Report on sanitation, dispensaries, and jails in Rajputana for 1920, and on vaccination for the year 1920-1921 - 1920-1921
Year: 1920
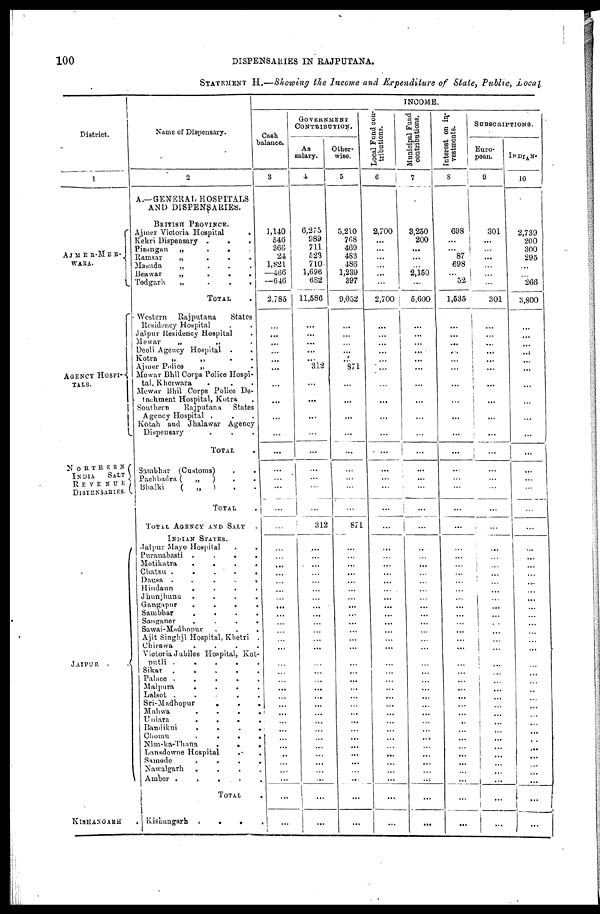
100
DISPENSARIES IN RAJPUTANA.
STATEMENT H.—Showing the Income and Expenditure of State, Public, Local
District.
1
AJMER-MER¬
WARA.
AGENCY HOSPI¬
TALS.
NORTHERNS
INDIA
SALT
REVENUE
DISPENSARIES.
JAIPUR .
.
KISHANGARH .
Name of Dispensary.
2
A.—GENERAL HOSPITALS
AND DISPENSARIES.
BRITISH PROVINCE.
Ajmer Victoria Hospital
.
Kekri Dispensary .
. .
Pisangan
„
.
.
.
Ramsar
„
.
.
.
Masuda
„
.
.
.
Beawar
„
.
.
.
Todgarh
„
.
.
.
TOTAL .
Western
Rajputana
States
Residency Hospital . .
Jaipur Residency Hospital .
Mewar
„
„ .
Deoli Agency Hospital .
.
Kotra
„
„ . .
Ajmer Police
„ .
Mewar Bhil Corps Police Hospi-
tal, Kherwara . . .
Mewar Bhil Corps Police De-
tachment Hospital, Kotra .
Southern
Rajputana
States
Agency Hospital . . .
Kotah and Jhalawar Agency
Dispensary . . .
TOTAL .
Sambhar (Customs) . .
Pachbadra (
„
) . .
Bhalki
(
„
) . .
TOTAL .
TOTAL AGENCY AND SALT .
INDIAN STATES.
Jaipur Mayo Hospital . .
Puranabasti .
.
.
.
Motikatra
.
.
.
.
Chatsu .
.
.
. .
Dausa
.
.
.
.
.
Hindaun
.
.
.
.
Jhunjhunu
.
.
.
.
Gangapur
.
.
.
.
Sambhar
.
.
.
.
Sanganer
.
.
.
.
Sawai-Madhopur . . .
Ajit Singhji Hospital, Khetri .
Chirawa
.
.
.
.
Victoria Jubilee Hospital, Kot¬
putli .
.
.
.
.
Sikar. . . .
.
Palace .
.
.
.
.
Malpura
.
.
.
.
Lalsot .
.
.
.
.
Sri-Madhopur
. . .
Mahwa
. . . .
Uniara
.
. . .
Bandikui
. . . .
Chomu
.
.
. .
Nim-ka-Thana
.
.
.
Lansdowne Hospital
.
.
Samode
.
.
.
.
Nawalgurh . . . .
Ambor .
.
. . .
TOTAL .
Kishangarh .
.
. .
INCOME.
Cash
balance.
3
1,140
546
366
24
1,821
—466
—646
2,785
...
...
...
...
...
...
...
...
...
...
...
...
...
...
...
...
...
...
...
...
...
...
...
...
...
...
...
...
...
...
...
...
...
...
...
...
...
...
...
...
...
...
...
...
...
...
GOVERNMENT
CONTRIBUTION.
As
salary.
4
6,275
989
711
523
710
1,696
682
11,586
...
...
...
...
...
312
...
...
...
...
...
...
...
...
...
312
...
...
...
...
...
...
...
...
...
...
...
...
...
...
...
...
...
...
...
...
...
...
...
...
...
...
...
...
...
...
Other-
wise.
5
5,210
768
469
483
486
1,239
397
9,052
...
...
...
...
...
871
...
...
...
...
...
...
...
...
...
871
...
...
...
...
...
...
...
...
...
...
...
...
...
...
...
...
...
...
...
...
...
...
...
...
...
...
...
...
...
...
Local Fund con-
tributions.
6
2,700
...
...
...
...
...
...
2,700
...
...
...
...
...
...
...
...
...
...
...
...
...
...
...
...
...
...
...
...
...
...
...
...
...
...
...
...
...
...
...
...
...
...
...
...
...
...
...
...
...
...
...
...
...
...
Municipal Fund
contributions.
7
3,250
200
...
...
...
2,150
...
5,600
...
...
...
...
...
...
...
...
...
...
...
...
...
...
...
...
...
...
...
...
...
...
...
...
...
...
...
...
...
...
...
...
...
...
...
...
...
...
...
...
...
...
...
...
...
...
Interest on in-
vestments.
8
698
...
...
87
698
...
52
1,535
...
...
...
...
...
...
...
...
...
...
...
...
...
...
...
...
...
...
...
...
...
...
...
...
...
...
...
...
...
...
...
...
...
...
...
...
...
...
...
...
...
...
...
...
...
...
SUBSCRIPTIONS.
Euro-
pean.
9
301
...
...
...
...
...
...
301
...
...
...
...
...
...
...
...
...
...
...
...
...
...
...
...
...
...
...
...
...
...
...
...
...
...
...
...
...
...
...
...
...
...
...
...
...
...
...
...
...
...
...
...
...
...
INDIAN.
10
2,739
200
300
295
...
...
266
3,800
...
...
...
...
...
...
...
...
...
...
...
...
...
...
...
...
...
...
...
...
...
...
...
...
...
...
...
...
...
...
...
...
...
...
...
...
...
...
...
...
...
...
...
...
...
...